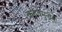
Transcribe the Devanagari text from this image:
कण्वमुनींनी